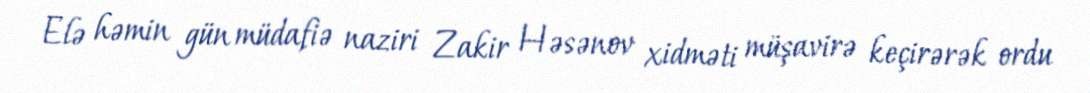
Elə həmin gün müdafiə naziri Zakir Həsənov xidməti müşavirə keçirərək ordu